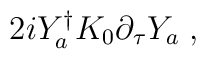
2iY_a^{\dagger} K_0 \partial_{\tau} Y_a \; ,